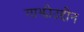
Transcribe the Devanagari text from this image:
गाझीउद्दीन